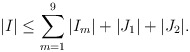
\begin{align*} \vert I\vert\leq \sum_{m=1}^9\vert I_m\vert+\vert J_1\vert+\vert J_2\vert. \end{align*}